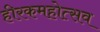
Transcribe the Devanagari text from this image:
हीरकमहोत्सव